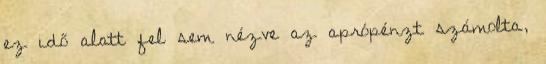
ez idő alatt fel sem nézve az aprópénzt számolta,